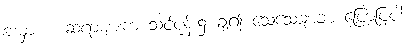
အမှာ။ ။ ဆရာများက သင်ပုန်း၌ ချ၍ သေသေချာချာ ပြောပြပါ၊